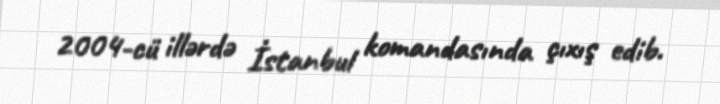
2004-cü illərdə İstanbul komandasında çıxış edib.